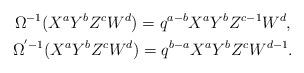
\begin{gather*}{\Omega ^{ - 1}}({X^a}{Y^b}{Z^c}{W^d}) = {q^{a - b}}{X^a}{Y^b}{Z^{c - 1}}{W^d}, \\{\Omega ^{' - 1}}({X^a}{Y^b}{Z^c}{W^d}) = {q^{b - a}}{X^a}{Y^b}{Z^c}{W^{d - 1}}.\end{gather*}